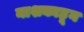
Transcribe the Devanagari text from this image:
नाशकाहून